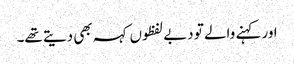
اور کہنے والے تو دبے لفظوں کہہ بھی دیتے تھے۔